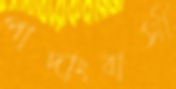
পাদাংবাসী